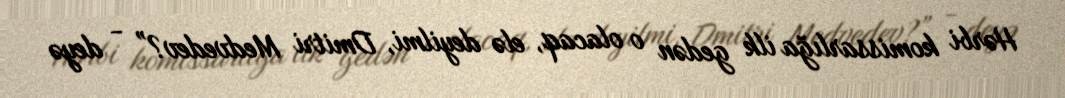
Hərbi komissarlığa ilk gedən o olacaq, elə deyilmi, Dmitri Medvedev?” - deyə